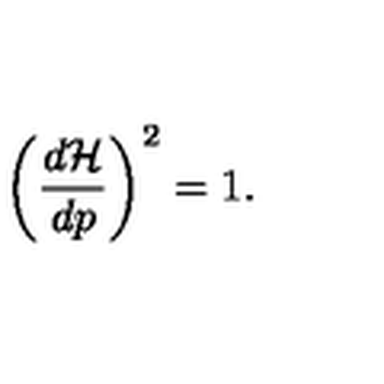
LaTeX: \left( \frac { d { \cal H } } { d p } \right) ^ { 2 } = 1 .